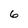
Character: 6